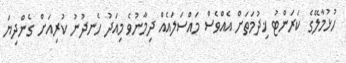
ހުޅުމާލޭގެ ކަރަންޓު ޚިދުމަތަށް އެއްވެސް މައްސަލައެއް ދިމާނުވެ މިއަދު ހެނދުނު ކުރިއަށް ގެންދިޔަ